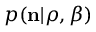
p ( { \bf n } | \boldsymbol { \rho } , \beta )